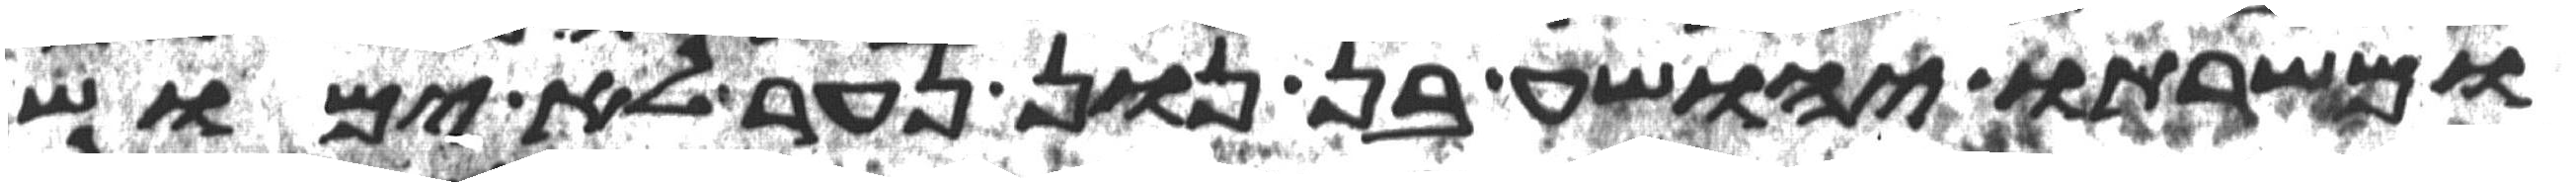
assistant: ומשרתו יהושע בן נון נער לא ימוש